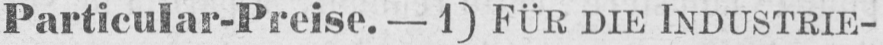
Particular-Preise. - 1) FÜR DIE INDUSTRIE-